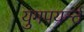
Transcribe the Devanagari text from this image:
युगपयर्न्त